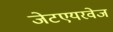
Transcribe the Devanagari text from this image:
जेटएयरवेज